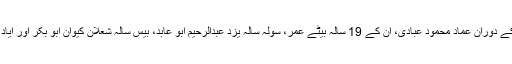
جنین میں اسرائیلی فوج نے تلاشی کے دوران عماد محمود عبادی، ان کے 19 سالہ بیٹے عمر، سولہ سالہ یزد عبدالرحیم ابو عابد، بیس سالہ شعلان کیوان ابو بکر اور ایاد محمد صدقہ کو حراست میں لے لیا۔